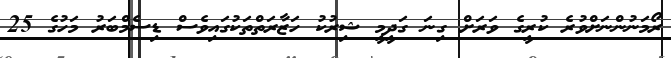
ރޯމަނުންނަށްވުރެ ކުރީގެ ވަރަށް ގިނަ ގަދީމީ ޝިރުކު ހަޒާރަތްތަކުގައިވެސް ޑިސެމްބަރު މަހުގެ 25